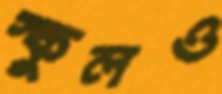
স্কুলও